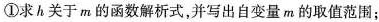
①求h关于m的函数解析式，并写出自变量m的取值范围；